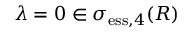
\lambda = 0 \in \sigma _ { \mathrm { e s s } , 4 } ( R )